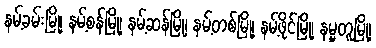
နမ့်ခမ်းမြို့၊ နမ့်စန်မြို့၊ နမ့်ဆန်မြို့၊ နမ့်တစ်မြို့၊ နမ့်ဖိုင်မြို့၊ နမ္မတူမြို့၊